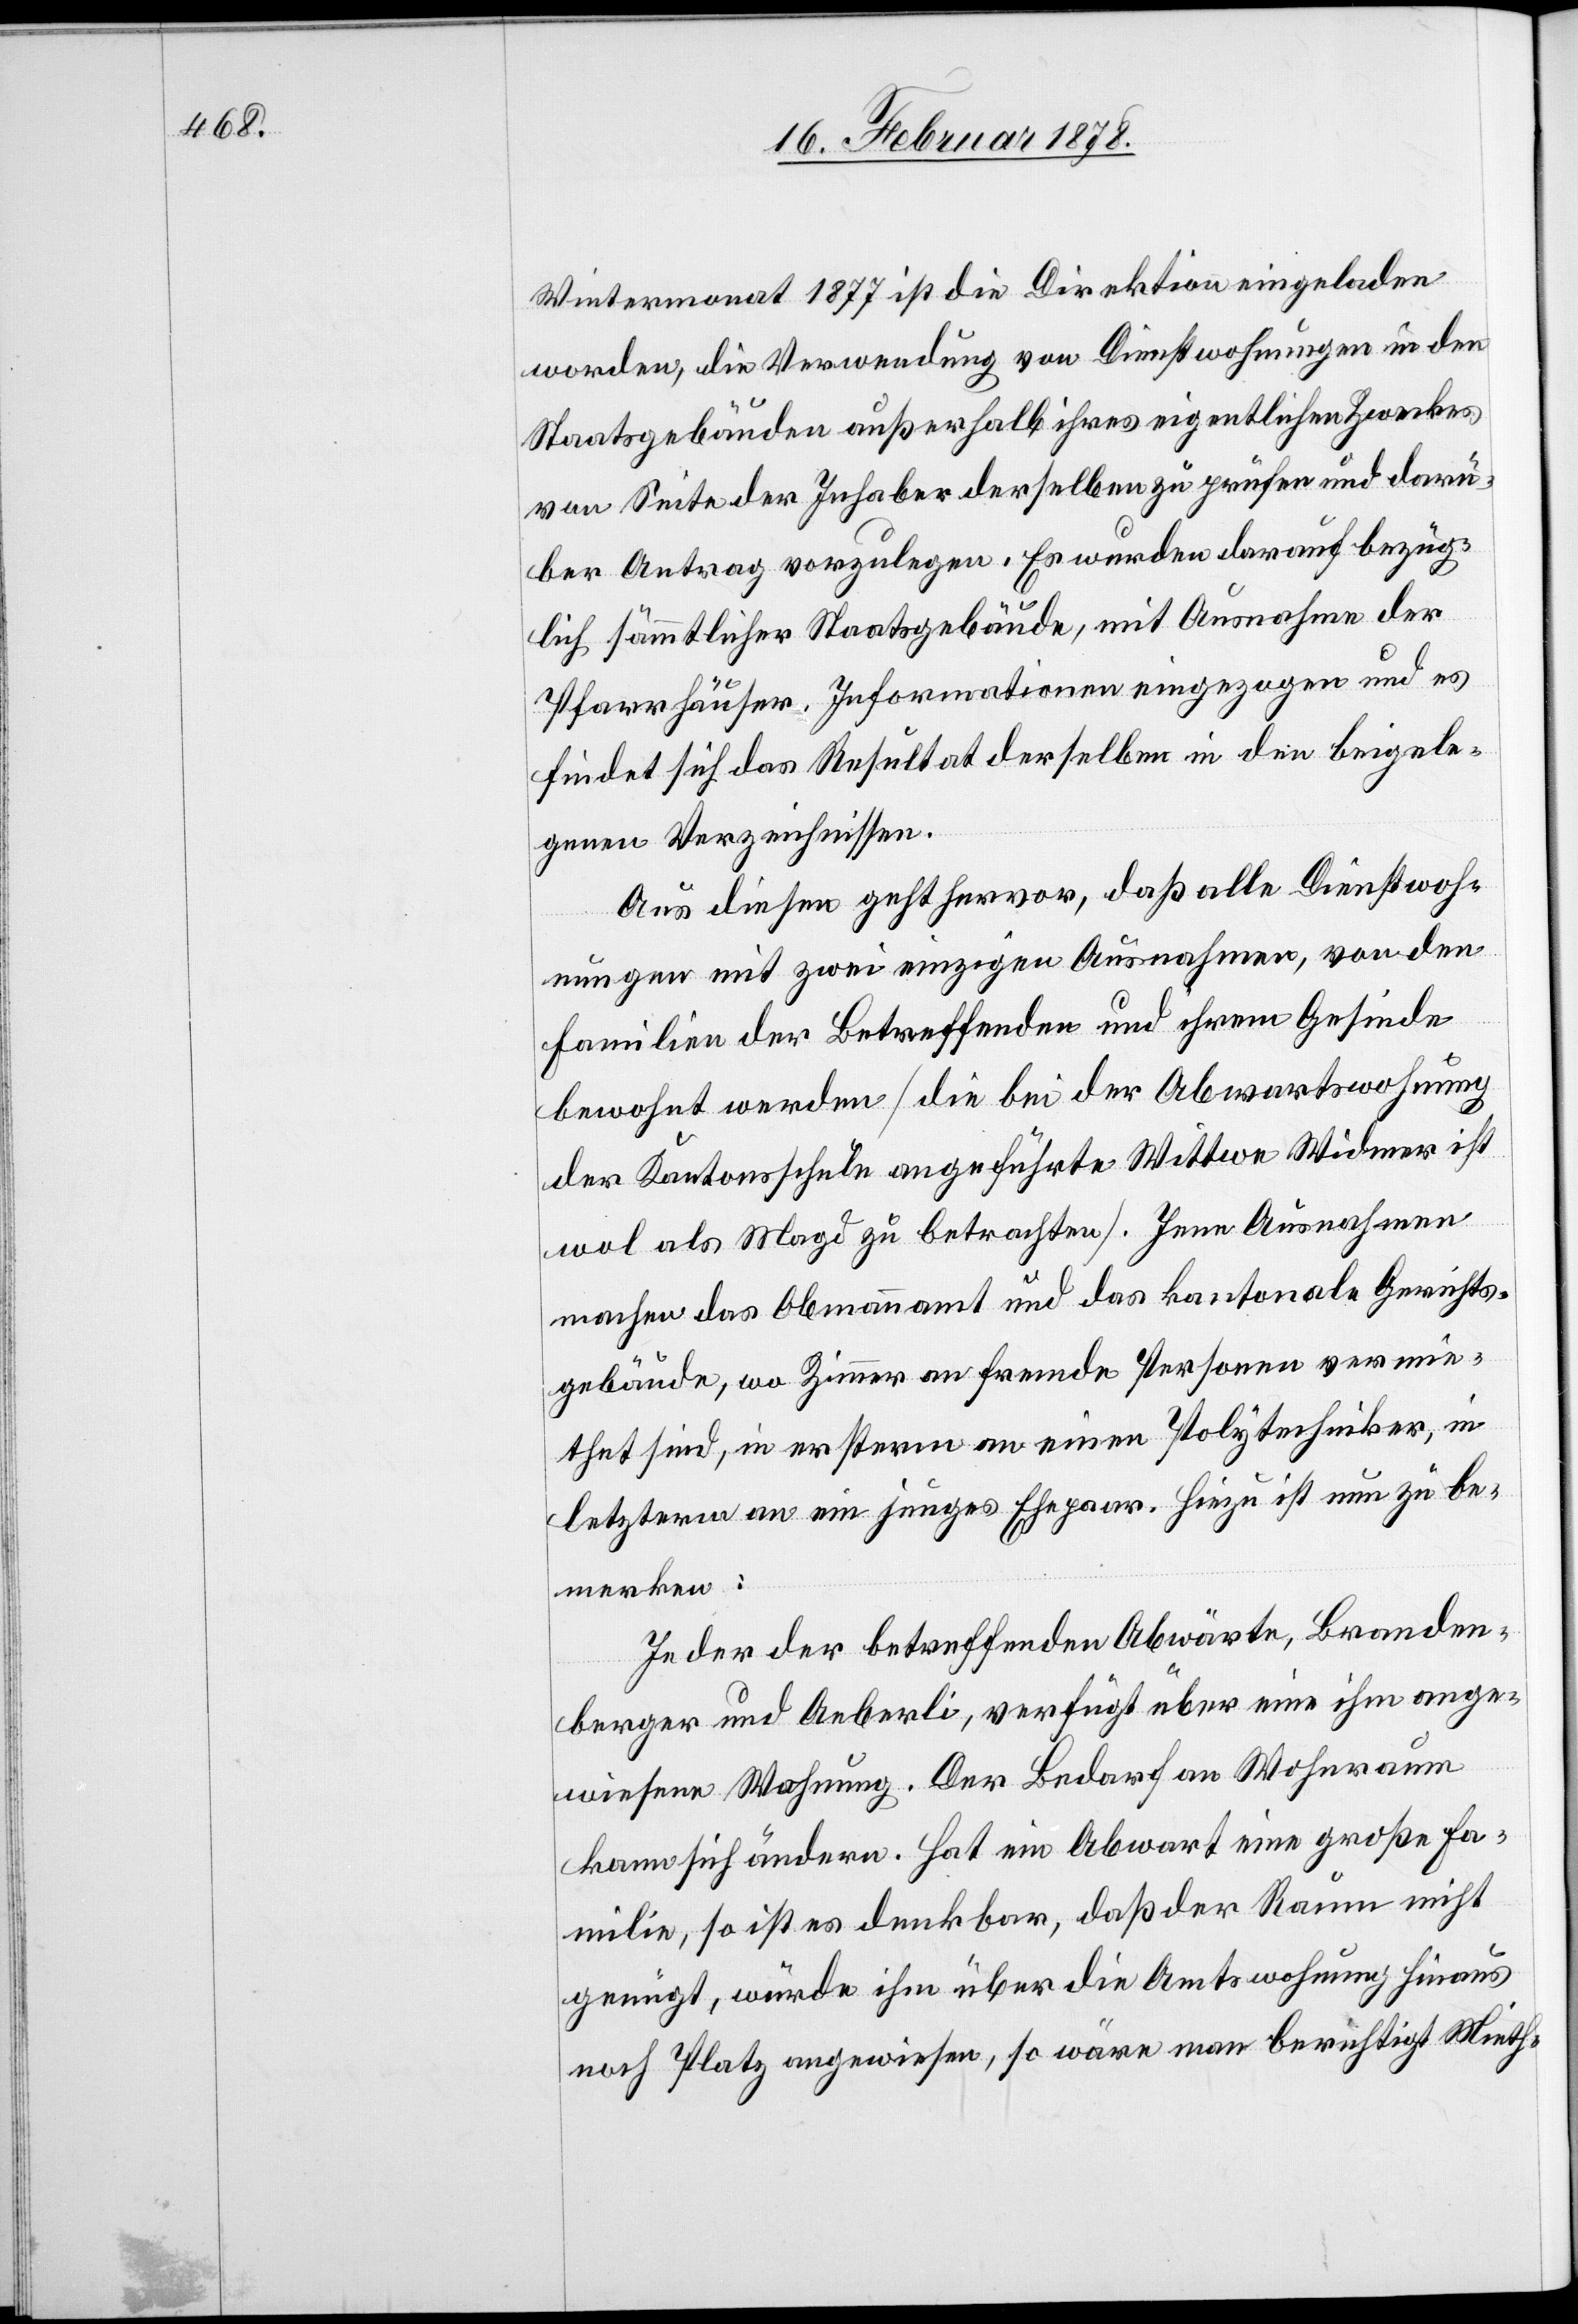
Wintermonat 1877 ist die Direktion eingeladen
worden, die Verwendung von Dienstwohnungen in den
Staatsgebäuden außerhalb ihres eigentlichen Zweckes
von Seite der Inhaber derselben zu prüfen und darü¬
ber Antrag vorzulegen. Es wurde darauf bezüg¬
lich sämmtlicher Staatsgebäude, mit Ausnahme der
Pfarrhäuser, Informationen eingezogen und es
findet sich das Resultat derselben in den beigele¬
genen Verzeichnissen.
Aus diesen geht hervor, daß alle Dienstwoh¬
nungen mit zwei einzigen Ausnahmen, von den
Familien der Betreffenden und ihrem Gesinde
bewohnt werden (die bei der Abwartswohnung
der Kantonsschule angeführte Wittwe Widmer ist
wol als Magd zu betrachten). Jene Ausnahmen
machen das Obmannamt und das kantonale Gerichts¬
gebäude, wo Zimmer an fremde Personen vermie¬
thet sind, in ersterm an einen Polytechniker, in
letzterm an ein junges Ehepaar. Hiezu ist nun zu be¬
merken:
Jeder der betreffenden Abwärte, Branden¬
berger und Aeberli, verfügt über eine ihm ange¬
wiesene Wohnung. Der Bedarf an Wohnraum
kann sich ändern. Hat ein Abwart eine große Fa¬
milie, so ist es denkbar, daß der Raum nicht
genügt, würde ihm über die Amtswohnung hinaus
noch Platz angewiesen, so wäre man berechtigt Mieth-